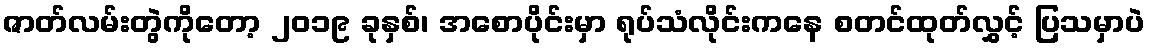
ဇာတ်လမ်းတွဲကိုတော့ ၂၀၁၉ ခုနှစ်၊ အစောပိုင်းမှာ ရုပ်သံလိုင်းကနေ စတင်ထုတ်လွှင့် ပြသမှာပဲ